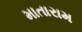
માતારામ